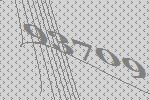
93709